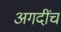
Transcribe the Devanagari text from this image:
अगदींच